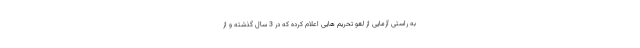
به راستی آزمایی از لغو تحریم هایی اعلام کرده که در 3 سال گذشته و از